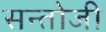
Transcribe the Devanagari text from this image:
सन्तोजी